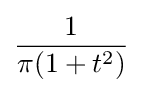
{\frac {1}{\pi (1+t^{2})}}